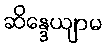
ဆိန္ဒေယျာမ